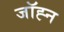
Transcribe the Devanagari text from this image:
जॉह्न